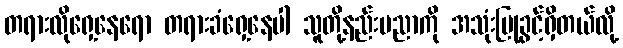
တရားလိုရှေ့နေရော တရားခံရှေ့နေပါ သူတို့နည်းပညာကို အသုံးပြုခွင့်ရှိတယ်လို့